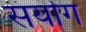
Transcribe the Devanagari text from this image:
संयॊग